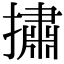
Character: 㩋